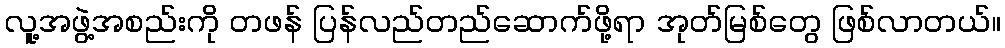
လူ့အဖွဲ့အစည်းကို တဖန် ပြန်လည်တည်ဆောက်ဖို့ရာ အုတ်မြစ်တွေ ဖြစ်လာတယ်။